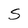
Character: S